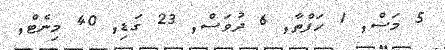
5 މަސް